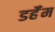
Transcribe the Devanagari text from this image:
डर्हॅम